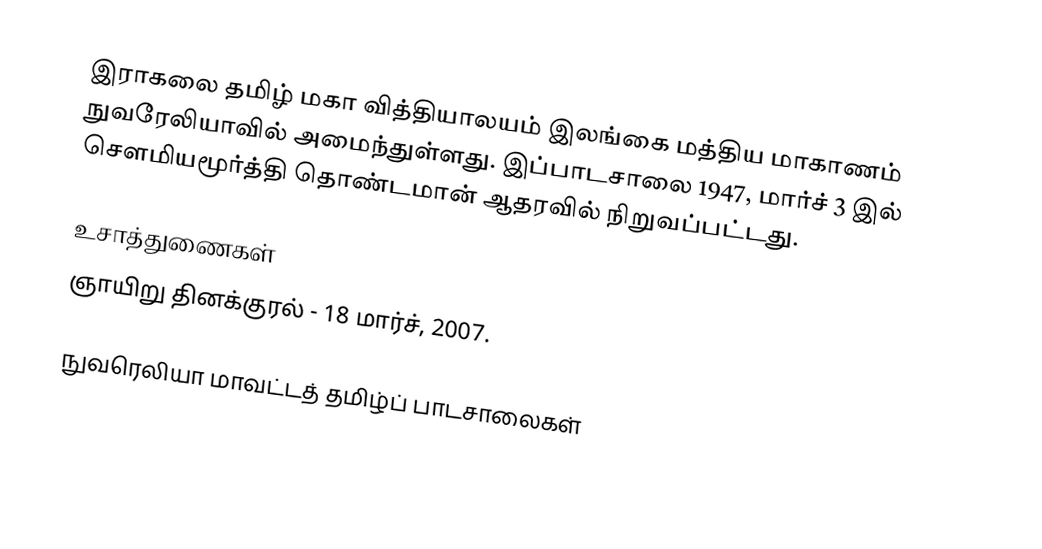
இராகலை தமிழ் மகா வித்தியாலயம் இலங்கை மத்திய மாகாணம் நுவரேலியாவில் அமைந்துள்ளது. இப்பாடசாலை 1947, மார்ச் 3 இல் சௌமியமூர்த்தி தொண்டமான் ஆதரவில் நிறுவப்பட்டது.

உசாத்துணைகள்
ஞாயிறு தினக்குரல் - 18 மார்ச், 2007.

நுவரெலியா மாவட்டத் தமிழ்ப் பாடசாலைகள்